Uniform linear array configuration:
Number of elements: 48
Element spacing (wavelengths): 1
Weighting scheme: hamming
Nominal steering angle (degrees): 30
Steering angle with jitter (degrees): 31.159
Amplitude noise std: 0.05
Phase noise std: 0.05

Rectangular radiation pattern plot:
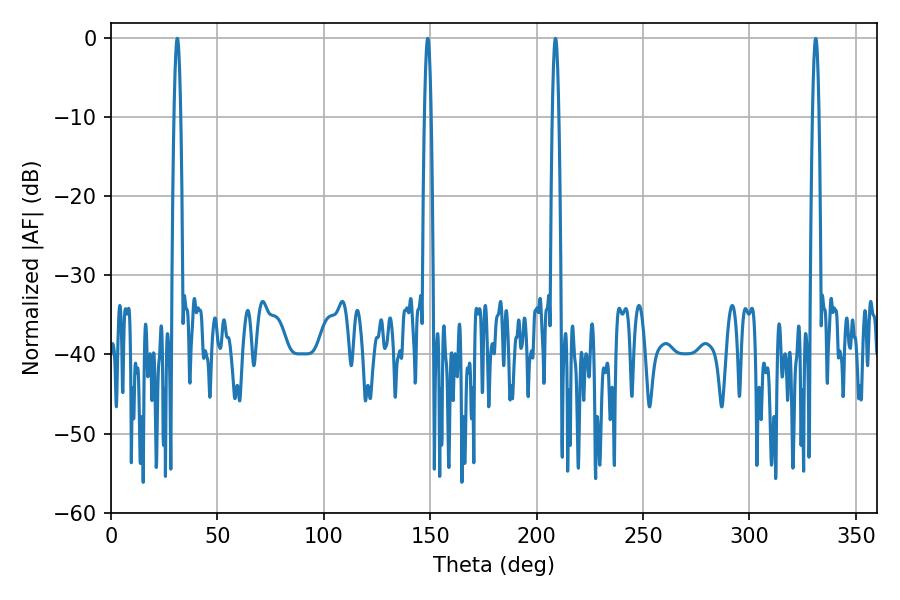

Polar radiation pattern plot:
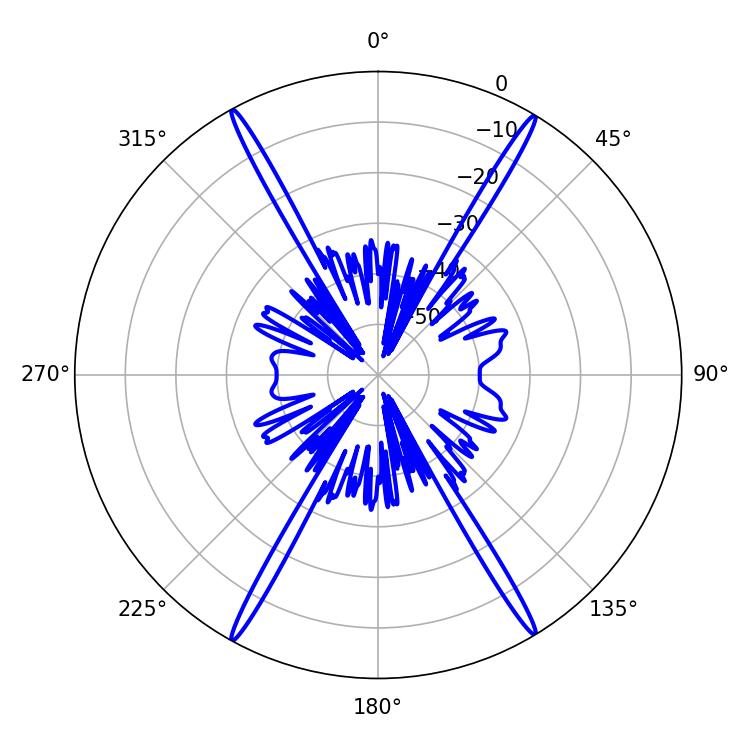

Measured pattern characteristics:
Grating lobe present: TRUE
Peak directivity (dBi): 28.014
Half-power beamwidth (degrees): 1.62
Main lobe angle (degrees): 31.14